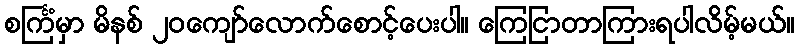
စင်္ကြံမှာ မိနစ် ၂၀ကျော်လောက်စောင့်ပေးပါ။ ကြေငြာတာကြားရပါလိမ့်မယ်။